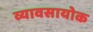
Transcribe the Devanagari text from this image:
व्यावसायोक